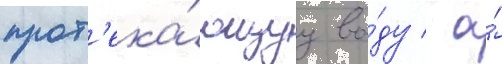
прот'ека́ющуу во́ду / а́